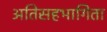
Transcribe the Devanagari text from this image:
अतिसहभागिता